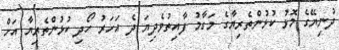
ދުނިޔޭގެ މޮޅު ކުޅުންތެރިޔާގެ މަގާމު ފާއިތުވެދިޔަ ދެ އަހަރު ހޯދި ކުޅުންތެރިޔާ އަށް